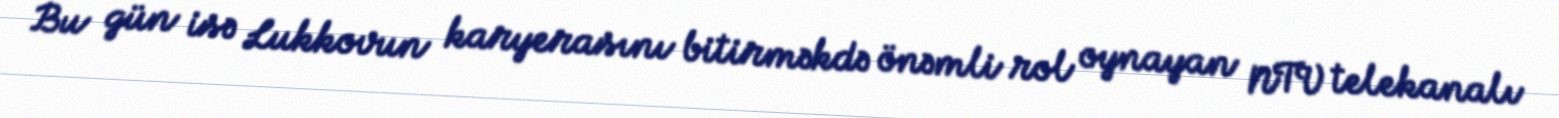
Bu gün isə Lukkovun karyerasını bitirməkdə önəmli rol oynayan NTV telekanalı